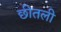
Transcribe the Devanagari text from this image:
छीतली